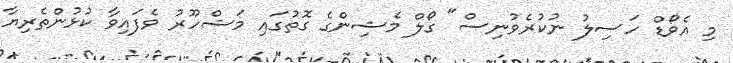
މި އެވޯޑް ހަސިލު ނުކުރެވުނިސް" ގޯލް މެޝިންގެ ގޮތުގައި މަޝްހޫރު ވެފައިވާ ކުޅުންތެރިޔާ